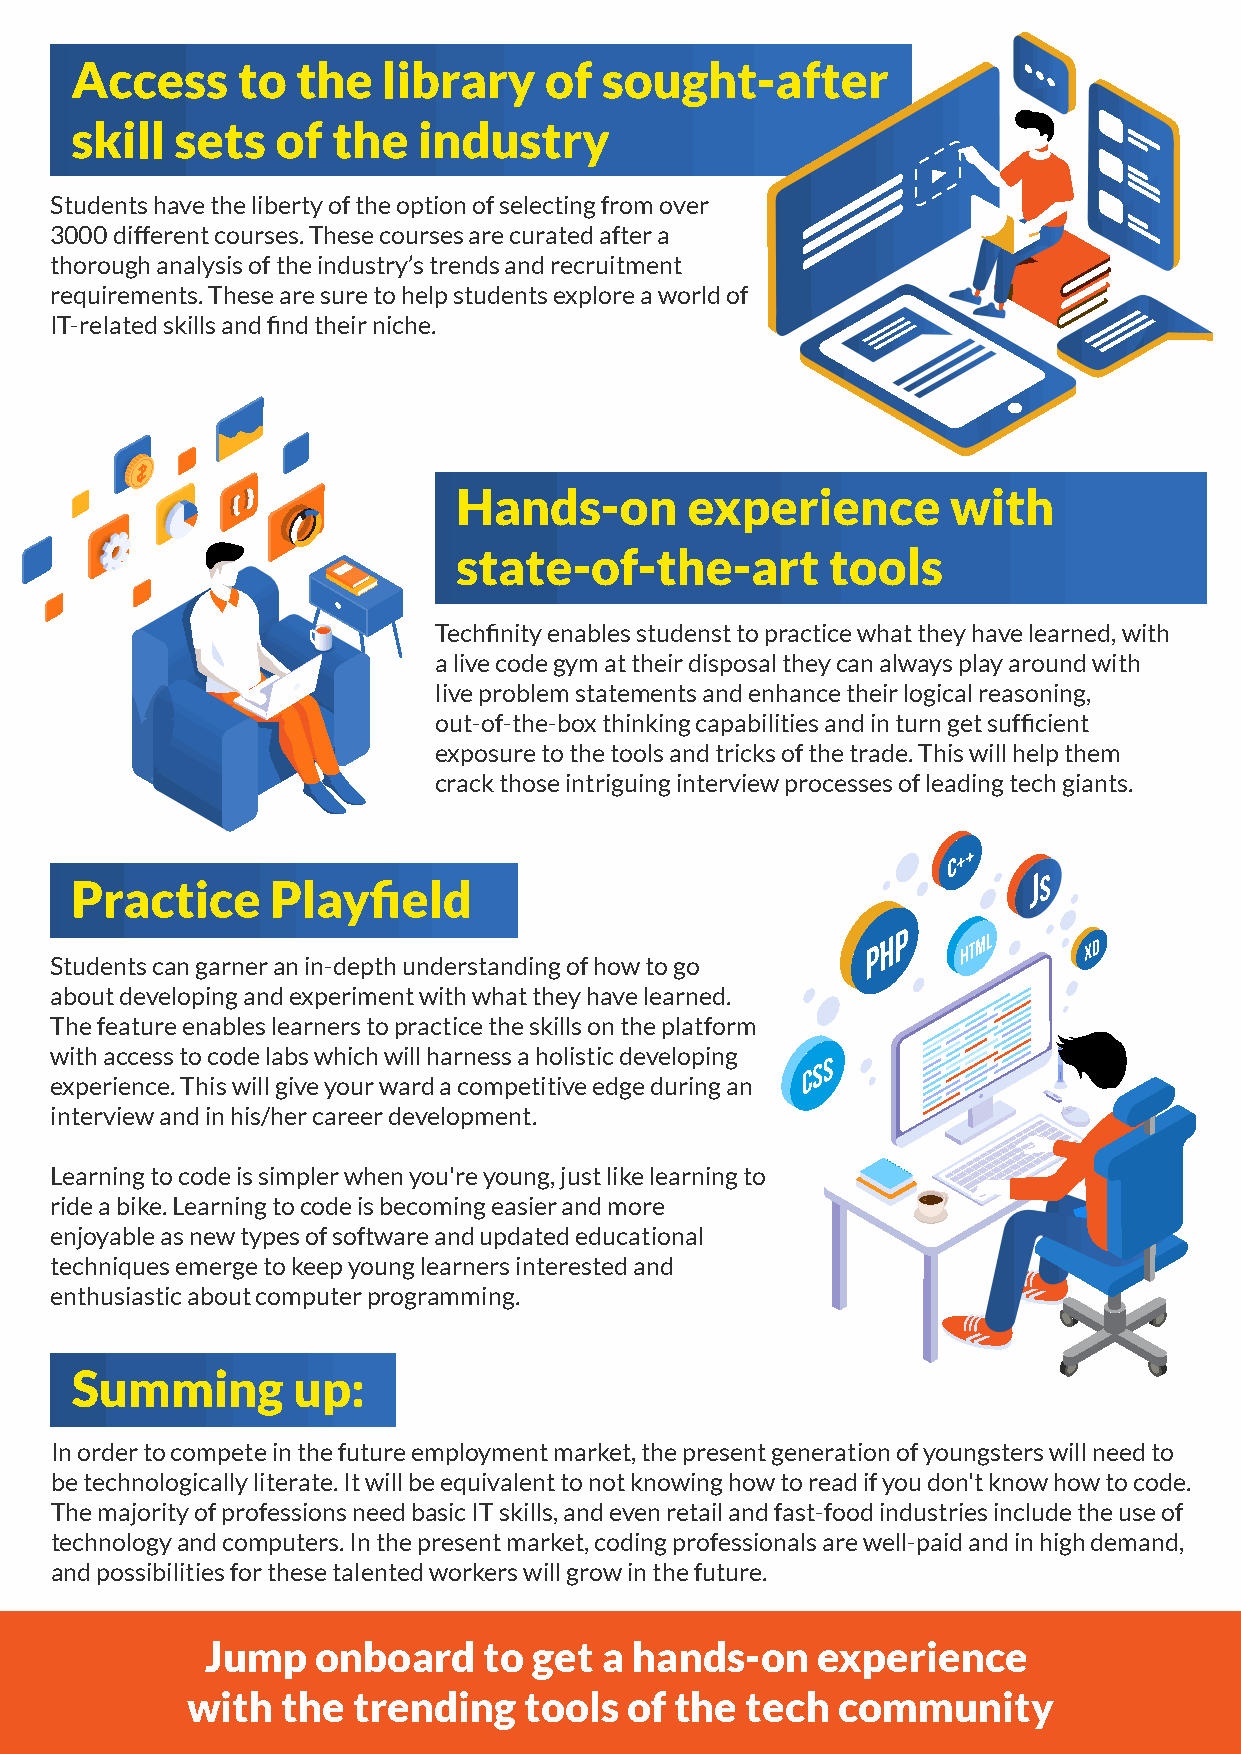
Access     to  the  library    of  sought-after
 skill  sets  of  the   industry
 Students have the liberty of the option of selecting from over
 3000 different courses. These courses are curated after a
 thorough analysis of the industry’s trends and recruitment
 requirements. These are sure to help students explore a world of
 IT-related skills and find their niche.
 Hands-on       experience        with
 state-of-the-art         tools
 Techfinity enables studenst to practice what they have learned, with
 a live code gym at their disposal they can always play around with
 live problem statements and enhance their logical reasoning,
 out-of-the-box thinking capabilities and in turn get sufficient
 exposure to the tools and tricks of the trade. This will help them
 crack those intriguing interview processes of leading tech giants.
 Practice     Playfield
 Students can garner an in-depth understanding of how to go
 about developing and experiment with what they have learned.
 The feature enables learners to practice the skills on the platform
 with access to code labs which will harness a holistic developing
 experience. This will give your ward a competitive edge during an
 interview and in his/her career development.
 Learning to code is simpler when you're young, just like learning to
 ride a bike. Learning to code is becoming easier and more
 enjoyable as new types of software and updated educational
 techniques emerge to keep young learners interested and
 enthusiastic about computer programming.
 Summing       up:
 In order to compete in the future employment market, the present generation of youngsters will need to
 be technologically literate. It will be equivalent to not knowing how to read if you don't know how to code.
 The majority of professions need basic IT skills, and even retail and fast-food industries include the use of
 technology and computers. In the present market, coding professionals are well-paid and in high demand,
 and possibilities for these talented workers will grow in the future.
 Jump   onboard    to get  a hands-on    experience
 with   the trending    tools of  the tech  community